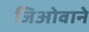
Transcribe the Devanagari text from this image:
जिओवाने